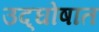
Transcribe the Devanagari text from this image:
उद्‌घोषात